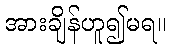
အားချိန်ဟူ၍မရ။